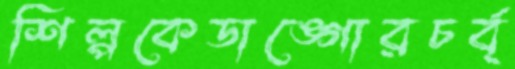
শিল্পকেডাঙ্গোরচর্ব্